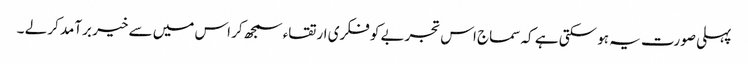
پہلی صورت یہ ہو سکتی ہے کہ سماج اس تجربے کو فکری ارتقاء سمجھ کر اس میں سے خیر برآمد کر لے ۔